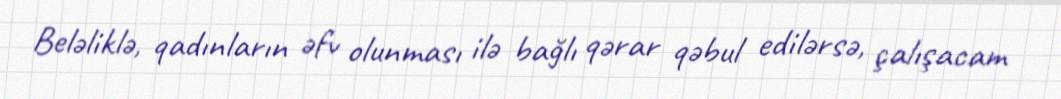
Beləliklə, qadınların əfv olunması ilə bağlı qərar qəbul edilərsə, çalışacam